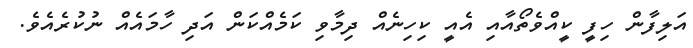
އަލިފާން ހިފީ ކީއްވެތޯއާއި އެއީ ކިހިނެއް ދިމާވި ކަމެއްކަން އަދި ހާމައެއް ނުކުރެއެވެ.